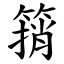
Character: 䈰